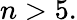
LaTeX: n>5.